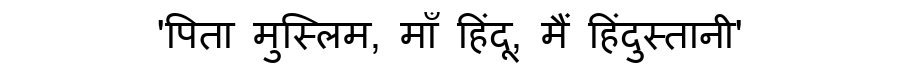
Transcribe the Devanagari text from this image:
'पिता मुस्लिम, माँ हिंदू, मैं हिंदुस्तानी'